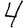
Digit: 4